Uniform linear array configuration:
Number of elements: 16
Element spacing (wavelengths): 1
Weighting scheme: blackman
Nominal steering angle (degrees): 30
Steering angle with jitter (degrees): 31.86
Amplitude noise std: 0.05
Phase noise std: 0.05

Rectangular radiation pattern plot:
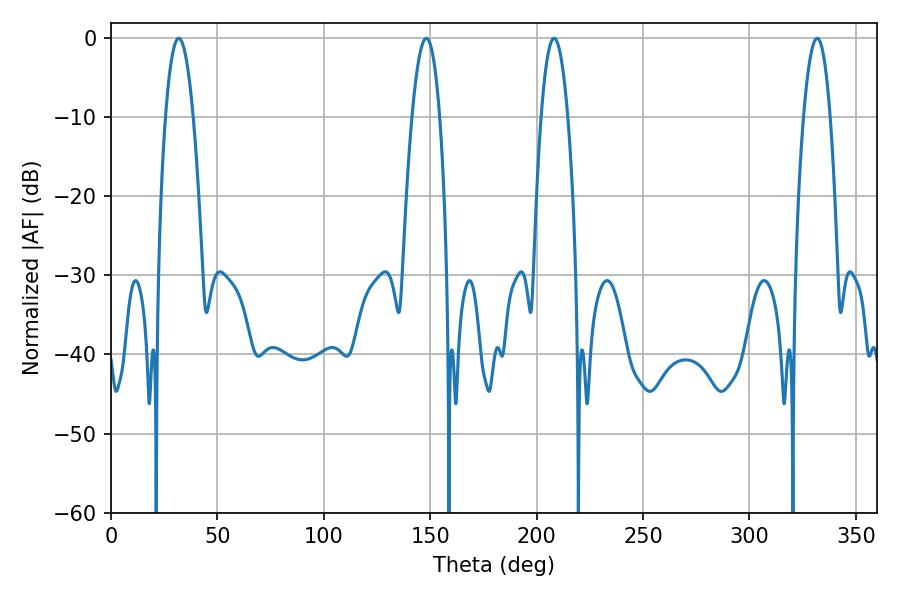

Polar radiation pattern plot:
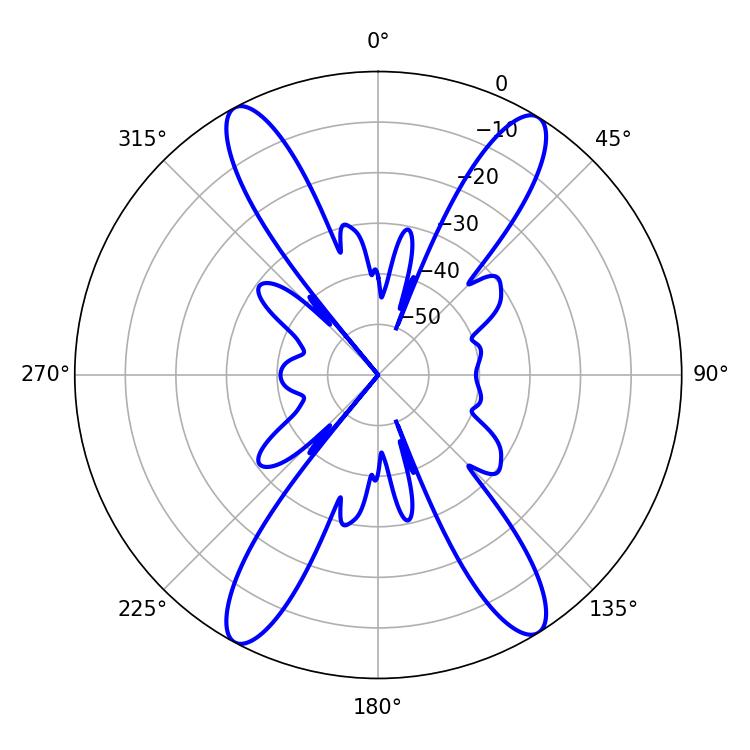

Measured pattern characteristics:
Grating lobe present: TRUE
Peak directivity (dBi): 20.011
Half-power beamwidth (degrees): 7.2
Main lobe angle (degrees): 31.86